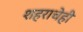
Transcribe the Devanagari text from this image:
शहराचेही